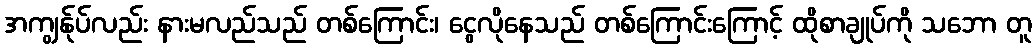
အကျွန်ုပ်လည်း နားမလည်သည် တစ်ကြောင်း၊ ငွေလိုနေသည် တစ်ကြောင်းကြောင့် ထိုစာချုပ်ကို သဘော တူ